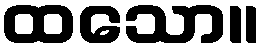
ထသော။